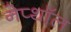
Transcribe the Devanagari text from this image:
नेप्थॉल